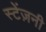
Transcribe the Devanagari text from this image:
स्टेंज़नी